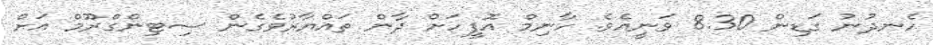
ހެނދުނު ގަޑިން 8.30 ވަނީއެވެ. ހާނިމް އޮފީހަށް ދާން ތައްޔާރުވެގެން ސިޓިންގްރޫމް އަށް